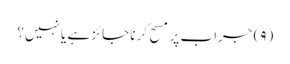
(۹) جراب پر مسح کرنا جائز ہے یا نہیں؟